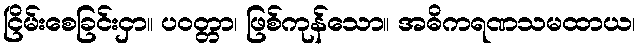
ငြိမ်းစေခြင်းငှာ။ ပဝတ္တာ၊ ဖြစ်ကုန်သော။ အဓိကရဏသမထာယ၊